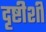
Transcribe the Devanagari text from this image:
दृष्टीशी